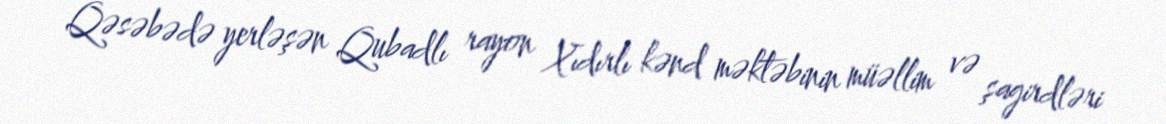
Qəsəbədə yerləşən Qubadlı rayon Xıdırlı kənd məktəbinin müəllim və şagirdləri